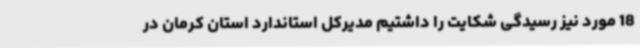
18 مورد نیز رسیدگی شکایت را داشتیم مدیرکل استاندارد استان کرمان در